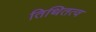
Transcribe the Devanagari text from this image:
तिथितत्व